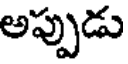
అప్పుడు